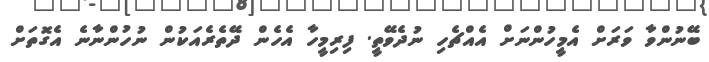
ބޭނުންވާ ވަރަށް އެމީހުންނަށް އެއްޗެހި ނުދެވޭތީ. ފިރިމީހާ އެހެން ދޭތެރެއަކުން ނުހުންނާނެ އެގޮތަށް